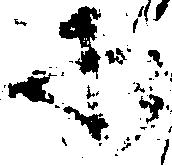
承